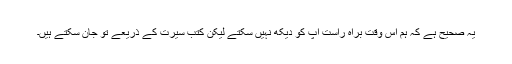
یہ صحیح ہے کہ ہم اس وقت براہ راست آپ کو دیکھ نہیں سکتے لیکن کتب سیرت کے ذریعے تو جان سکتے ہیں۔